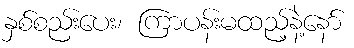
နှစ်စည်းပေး၊ ကြာပန်းမထည့်နဲ့နော်